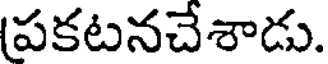
పకటనచేశాడు.